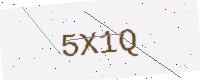
Text: 5X1Q